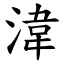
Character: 湋